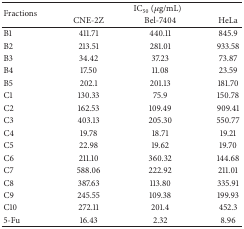
<table><thead><tr><td rowspan="2"><b>Fractions</b></td><td colspan="3"><b>IC<sub>50</sub> (<i>μ</i>g/mL)</b></td></tr><tr><td><b>CNE-2Z</b></td><td><b>Bel-7404</b></td><td><b>HeLa</b></td></tr></thead><tbody><tr><td>B1</td><td>411.71</td><td>440.11</td><td>845.9</td></tr><tr><td>B2</td><td>213.51</td><td>281.01</td><td>933.58</td></tr><tr><td>B3</td><td>34.42</td><td>37.23</td><td>73.87</td></tr><tr><td>B4</td><td>17.50</td><td>11.08</td><td>23.59</td></tr><tr><td>B5</td><td>202.1</td><td>201.13</td><td>181.70</td></tr><tr><td>C1</td><td>130.33</td><td>75.9</td><td>150.78</td></tr><tr><td>C2</td><td>162.53</td><td>109.49</td><td>909.41</td></tr><tr><td>C3</td><td>403.13</td><td>205.30</td><td>550.77</td></tr><tr><td>C4</td><td>19.78</td><td>18.71</td><td>19.21</td></tr><tr><td>C5</td><td>22.98</td><td>19.62</td><td>19.70</td></tr><tr><td>C6</td><td>211.10</td><td>360.32</td><td>144.68</td></tr><tr><td>C7</td><td>588.06</td><td>222.92</td><td>211.01</td></tr><tr><td>C8</td><td>387.63</td><td>113.80</td><td>335.91</td></tr><tr><td>C9</td><td>245.55</td><td>109.38</td><td>199.93</td></tr><tr><td>C10</td><td>272.11</td><td>201.4</td><td>452.3</td></tr><tr><td>5-Fu</td><td>16.43</td><td>2.32</td><td>8.96</td></tr></tbody></table>